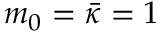
m _ { 0 } = \bar { \kappa } = 1